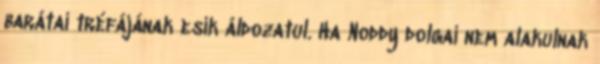
barátai tréfájának esik áldozatul. Ha Noddy dolgai nem alakulnak